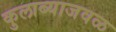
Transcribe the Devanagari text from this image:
कुलाब्याजवळ